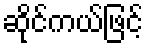
ဆိုင်ကယ်ဖြင့်